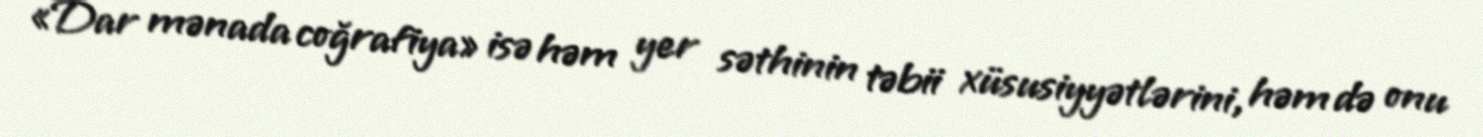
«Dar mənada coğrafiya» isə həm yer səthinin təbii xüsusiyyətlərini, həm də onu